Vaccination in Bombay 1856-1862 - 1856-1862
Year: 1856
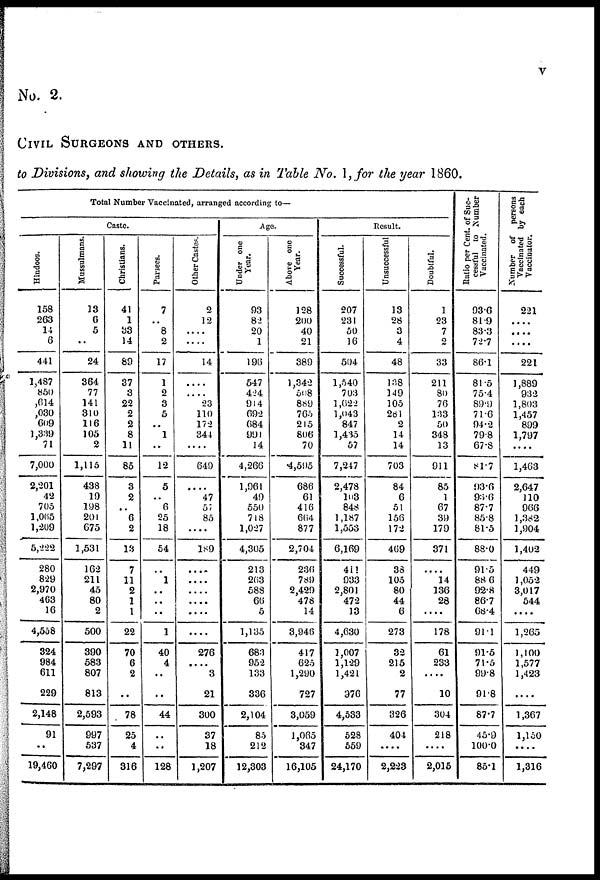
V
No. 2.
CIVIL SURGEONS AND OTHERS.
to Divisions, and showing the Details, as in Table No. 1,for the year 1860.
Total Number Vaccinated, arranged according to—
Caste.
Hindoos.
158
263
14
6
441
1,487
850
,614
,030
609
1,339
71
7,000
2,201
42
705
1,065
1,209
5,222
280
829
2,970
463
16
4,558
324
984
611
229
2,148
91
..
19,460
Mussulmans.
13
6
5
..
24
364
77
141
310
116
105
2
1,115
438
19
198
201
675
1,531
162
211
45
80
2
500
390
583
807
813
2,593
997
537
7,297
Christians.
41
1
33
14
89
37
3
22
2
2
8
11
85
3
2
..
6
2
13
7
11
2
1
1
22
70
6
2
..
78
25
4
316
Parsees.
7
..
8
2
17
1
2
3
5
..
1
..
12
5
..
6
25
18
54
..
1
..
..
..
1
40
4
..
..
44
..
..
128
Other Castes.
2
12
....
..
14
....
....
23
110
172
344
....
649
....
47
57
85
....
189
....
....
....
....
....
....
276
....
3
21
300
37
18
1,207
Age.
Under one
Year.
93
82
20
1
196
547
424
914
692
684
991
14
4,266
1,961
49
550
718
1,027
4,305
213
263
588
66
5
1,135
683
952
133
336
2,104
85
212
12,303
Above one
Year.
128
200
40
21
389
1,342
508
889
765
215
806
70
4,595
686
61
416
664
877
2,704
236
789
2,429
478
14
3,946
417
625
1,290
727
3,059
1,065
347
16,105
Result.
Successful.
207
231
50
16
504
1,540
703
1,622
1,043
847
1,435
57
7,247
2,478
103
848
1,187
1,553
6,169
411
933
2,801
472
13
4,630
3,007
1,129
1,421
976
4,533
528
559
24,170
Unsuccessful
13
28
3
4
48
138
149
105
281
2
14
14
703
84
6
51
156
172
469
38
105
80
44
6
273
32
215
2
77
326
404
....
2,223
Doubtful.
1
23
7
2
33
211
80
76
133
50
348
13
911
85
11
67
39
179
371
....
14
136
28
....
178
61
233
....
10
304
218
....
2,015
Ratio per Cent. of Suc-
cessful to Number
Vaccinated.
93.6
81.9
83.3
72.7
86.1
81.5
75.4
89.9
71.6
94.2
79.8
67.8
81.7
93.6
93.6
87.7
85.8
81.5
88.0
91.5
88.6
92.8
86.7
68.4
91.1
91.5
71.5
99.8
91.8
87.7
45.9
100.0
85.1
Number of persons
Vaccinated by each
Vaccinator.
221
....
....
....
221
1,889
932
1,803
1,457
899
1,797
....
1,463
2,647
110
966
1,382
1,904
1,402
449
1,052
3,017
544
....
1,265
1,100
1,577
1,423
....
1,367
1,150
....
1,316